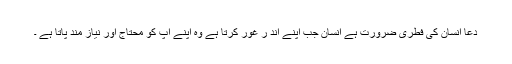
دعا انسان کی فطری ضرورت ہے انسان جب اپنے اند ر غور کرتا ہے وہ اپنے آپ کو محتاج اور نیاز مند پاتا ہے ۔